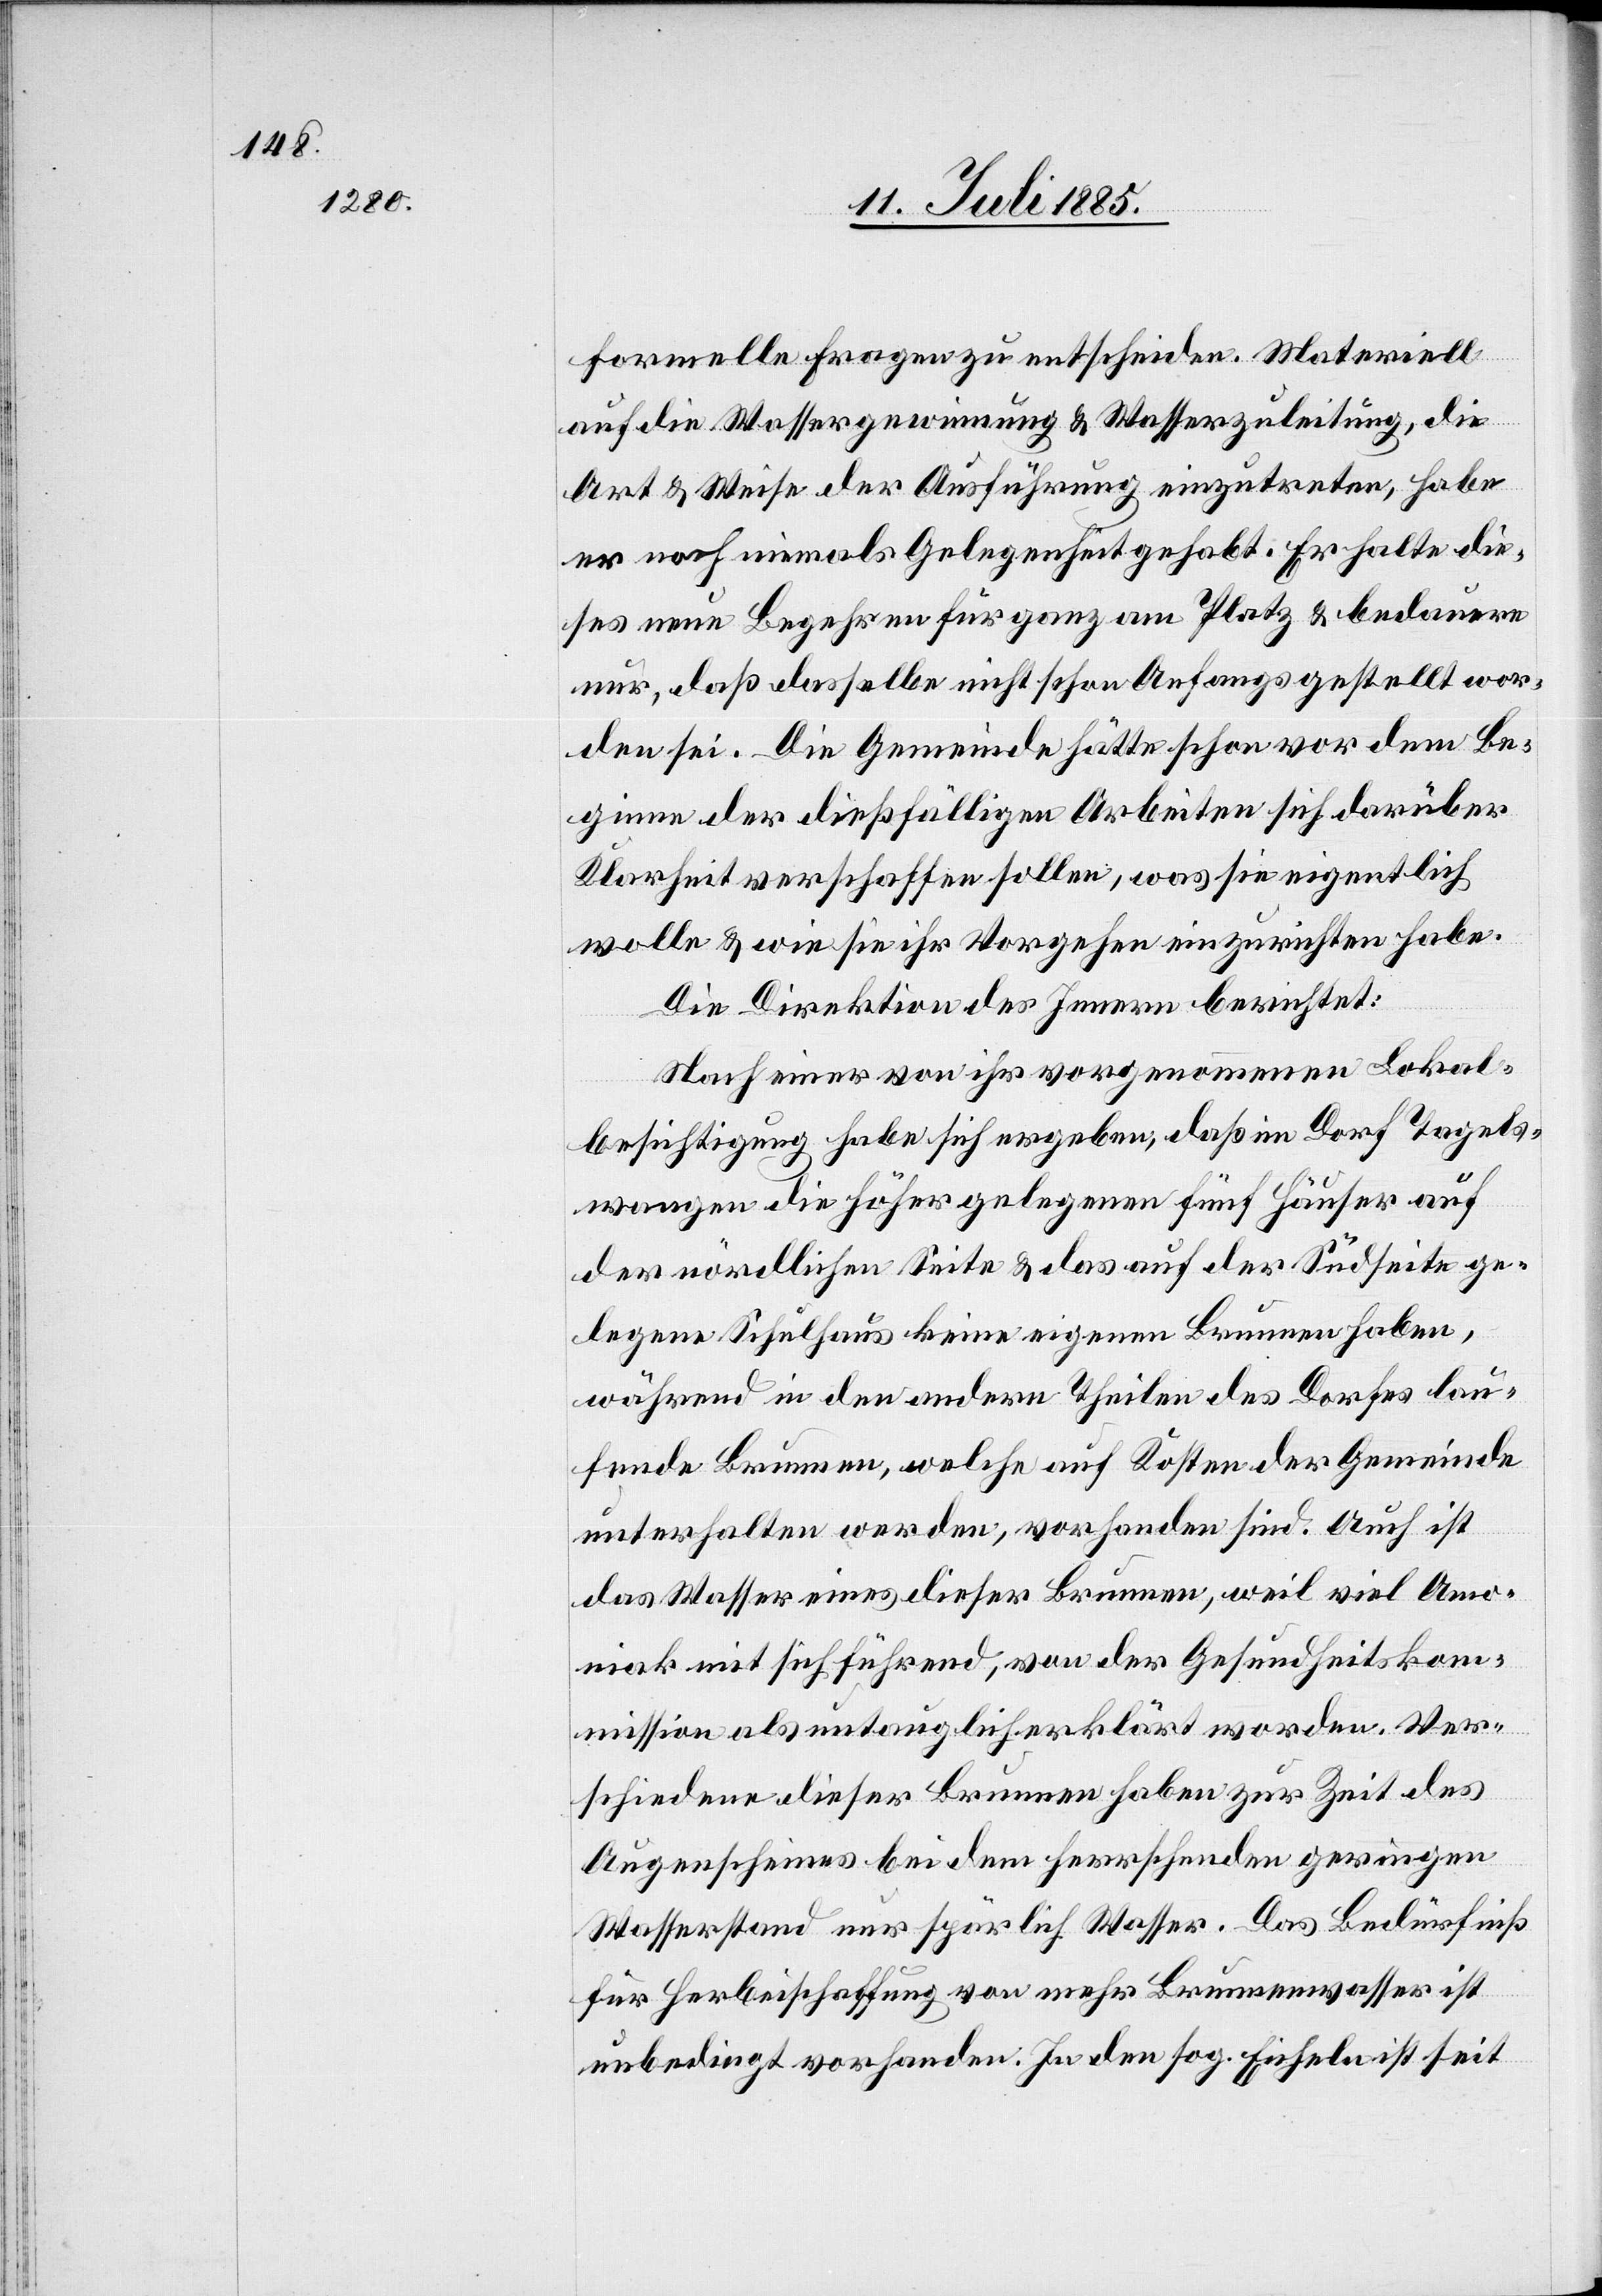
formelle Fragen zu entscheiden. Materiell
auf die Wassergewinnung & Wasserzuleitung, die
Art & Weise der Ausführung einzutreten, habe
er noch niemals Gelegenheit gehabt. Er halte die¬
ses neue Begehren für ganz am Platz & bedauere
nur, daß dasselbe nicht schon Anfangs gestellt wor¬
den sei. Die Gemeinde hätte schon vor dem Be¬
ginne der dießfälligen Arbeiten sich darüber
Klarheit verschaffen sollen, was sie eigentlich
wolle & wie sie ihr Vorgehen einzurichten habe.
Die Direktion des Innern berichtet:
Nach einer von ihr vorgenommenen Lokal¬
besichtigung habe sich ergeben, daß im Dorf Tagels¬
wangen die höher gelegenen fünf Häuser auf
der nördlichen Seite & das auf der Südseite ge¬
legene Schulhaus keine eigenen Brunnen haben,
während in den andern Theilen des Dorfes lau¬
fende Brunnen, welche auf Kosten der Gemeinde
unterhalten werden, vorhanden sind. Auch ist
das Wasser eines dieser Brunnen, weil viel Amo¬
niak mit sich führend, von der Gesundheitskom¬
mission als untauglich erklärt worden. Ver¬
schiedene dieser Brunnen haben zur Zeit des
Augenscheines bei dem herrschenden geringen
Wasserstand nur spärlich Wasser. Das Bedürfniß
für Herbeischaffung von mehr Brunnenwasser ist
unbedingt vorhanden. In den sog. Eicheln ist seit